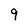
Character: 9